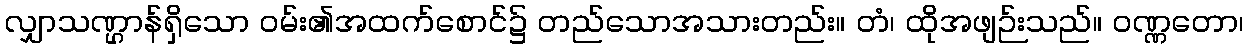
လျှာသဏ္ဌာန်ရှိသော ဝမ်း၏အထက်စောင်၌ တည်သောအသားတည်း။ တံ၊ ထိုအဖျဉ်းသည်။ ဝဏ္ဏတော၊